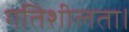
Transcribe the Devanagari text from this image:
गतिशीलता।